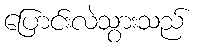
ပြောင်းလဲသွားသည်